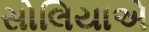
સોલિયાએ